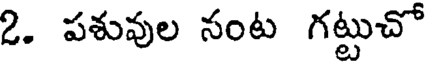
2. పశువుల నంట గట్టుచో